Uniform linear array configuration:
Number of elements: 8
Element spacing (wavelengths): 1
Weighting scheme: blackman
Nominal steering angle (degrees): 0
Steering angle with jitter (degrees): -0.1862
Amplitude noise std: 0.05
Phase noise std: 0.05

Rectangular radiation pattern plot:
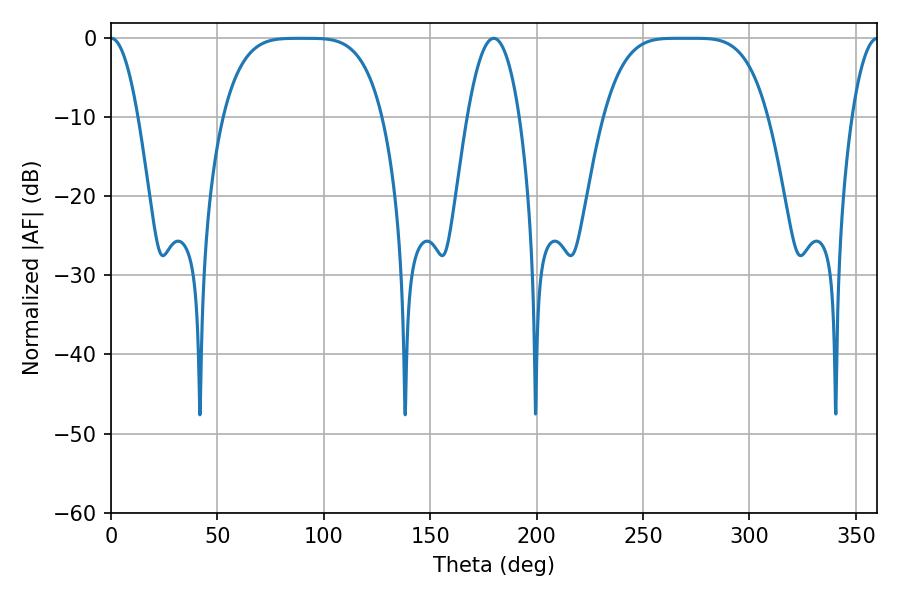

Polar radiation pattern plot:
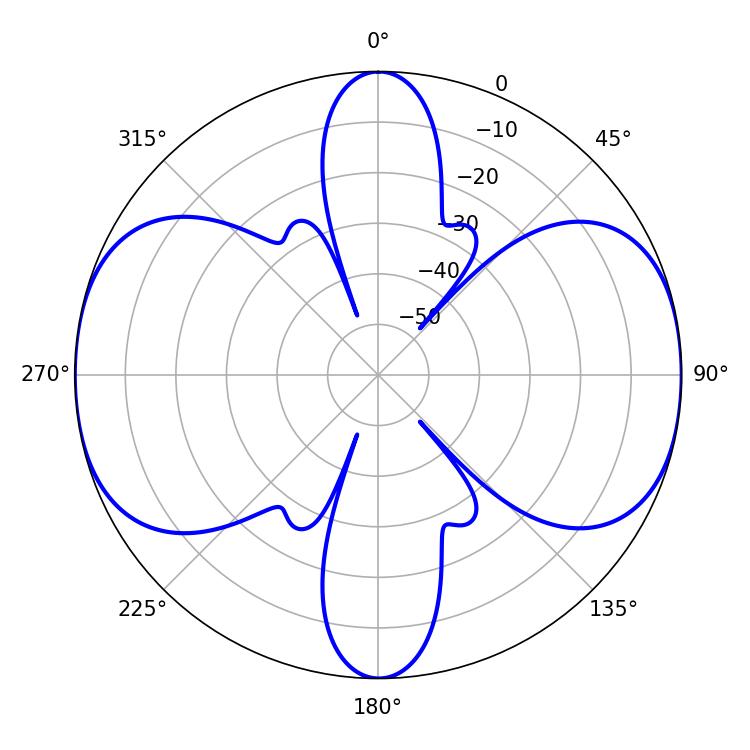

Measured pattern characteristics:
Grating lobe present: TRUE
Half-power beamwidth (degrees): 57.24
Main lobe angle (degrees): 266.04